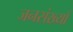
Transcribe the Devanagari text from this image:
जनसंख्याँ